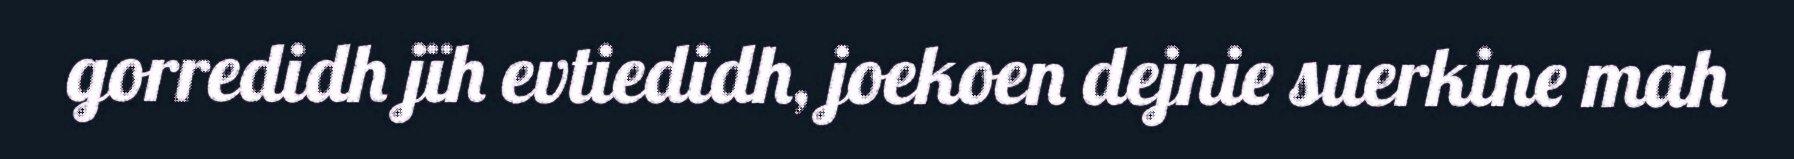
gorredidh jïh evtiedidh, joekoen dejnie suerkine mah